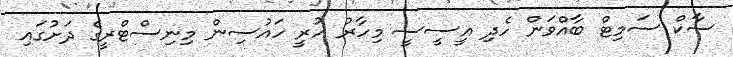
ސާކް ސަމިޓް ބާއްވަން ހެދި އީސީސީ މިހާރު ހުރީ ހައުސިން މިނިސްޓްރީގެ ދަށުގައި